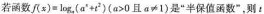
若函数$$f ( x ) = l o g$$，{$$a ^ { 2 } + t ^ { 2 }$$)($$a > 0$$且$$a ≠ 1$$)是”半保值函数”，则t